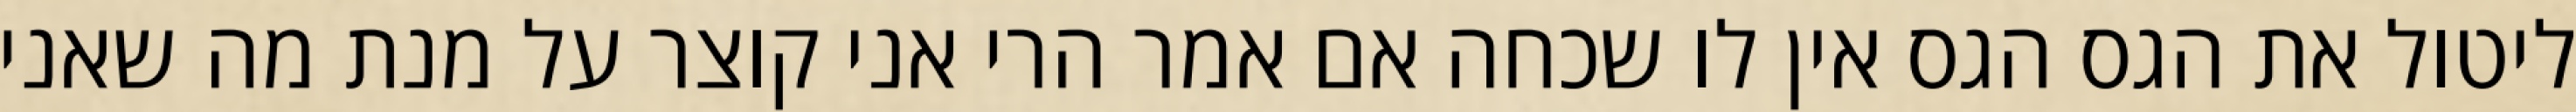
ליטול את הגס הגס אין לו שכחה אם אמר הרי אני קוצר על מנת מה שאני